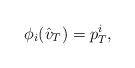
LaTeX: \begin{align*}\phi_i(\hat{v}_T)=p_T^i,\end{align*}